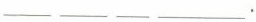
___ ___ ___ ___.